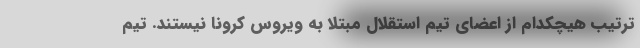
ترتیب هیچکدام از اعضای تیم استقلال مبتلا به ویروس کرونا نیستند. تیم